Civil Veterinary Dept. Bombay admin report 1900-1906 - 1900-1906
Year: 1900
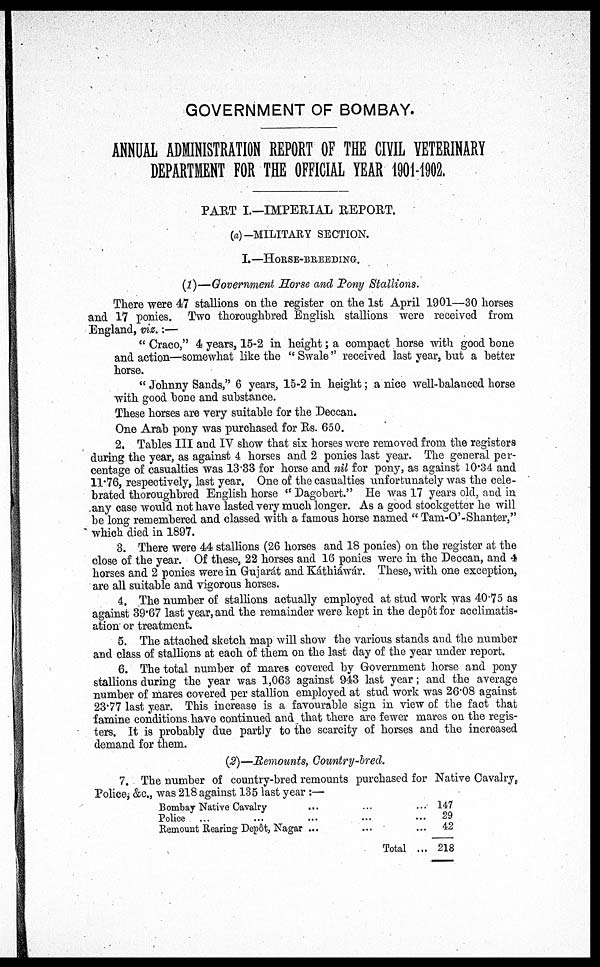
GOVERNMENT OF BOMBAY.
ANNUAL ADMINISTRATION REPORT OF THE CIVIL VETERINARY
DEPARTMENT FOR THE OFFICIAL YEAR 1901-1902.
PART I.—IMPERIAL REPORT.
(a)—MILITARY SECTION.
I.—HORSE-BREEDING.
(1)—Government Horse and Pony Stallions.
There were 47 stallions on the register on the 1st April 1901—30 horses
and 17 ponies. Two thoroughbred English stallions were received from
England, viz.:—
" Craco," 4 years, 15-2 in height; a compact horse with good bone
and action—somewhat like the " Swale " received last year, but a better
horse.
" Johnny Sands," 6 years, 15-2 in height; a nice well-balanced horse
with good bone and substance.
These horses are very suitable for the Deccan.
One Arab pony was purchased for Rs. 650.
2. Tables III and IV show that six horses were removed from the registers
during the year, as against 4 horses and 2 ponies last year. The general per-
centage of casualties was 13.33 for horse and nil for pony, as against 10.34 and
11.76, respectively, last year. One of the casualties unfortunately was the cele-
brated thoroughbred English horse " Dagobert." He was 17 years old, and in
any case would not have lasted very much longer. As a good stockgetter he will
be long remembered and classed with a famous horse named " Tam-O'-Shanter,"
which died in 1897.
3. There were 44 stallions (26 horses and 18 ponies) on the register at the
close of the year. Of these, 22 horses and 16 ponies were in the Deccan, and 4
horses and 2 ponies were in Gujarát and Káthiáwár. These, with one exception,
are all suitable and vigorous horses.
4. The number of stallions actually employed at stud work was 40.75 as
against 39.67 last year, and the remainder were kept in the depôt for acclimatis-
ation or treatment.
5. The attached sketch map will show the various stands and the number
and class of stallions at each of them on the last day of the year under report.
6. The total number of mares covered by Government horse and pony
stallions during the year was 1,063 against 943 last year; and the average
number of mares covered per stallion employed at stud work was 26.08 against
23.77 last year. This increase is a favourable sign in view of the fact that
famine conditions have continued and that there are fewer mares on the regis-
ters. It is probably due partly to the scarcity of horses and the increased
demand for them.
(2)—Remounts, Country-bred.
7. The number of country-bred remounts purchased for Native Cavalry,
Police, &c., was 218 against 135 last year :—
Bombay Native Cavalry
... ... ...
Police
...
...
...
Remount Rearing Depôt, Nagar ...
...
...
Total ...
147
29
42
218